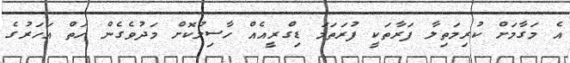
އެ މަގާމަށް ކުރިމަތިލާ ފަރާތަކީ ފުރަތަމަ ޑިގްރީއެއް ހާސިލުކޮށް މަދުވެގެން ހަތް އަހަރުގެ